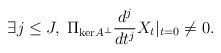
\begin{align*}\exists j \leq J, \; \Pi_{\mathrm{ker} A^{\perp}} \frac{d^j}{dt^j} X_t |_{t = 0} \neq 0. \end{align*}